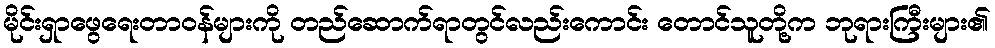
မိုင်းရှာဖွေရေးတာဝန်များကို တည်ဆောက်ရာတွင်လည်းကောင်း တောင်သူတို့က ဘုရားကြီးများ၏